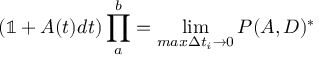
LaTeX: ( \mathbb { 1 } + A ( t ) d t ) \prod _ { a } ^ { b } = \operatorname* { l i m } _ { m a x \Delta t _ { i } \to 0 } P ( A , D ) ^ { * }